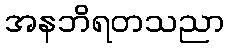
အနဘိရတသညာ